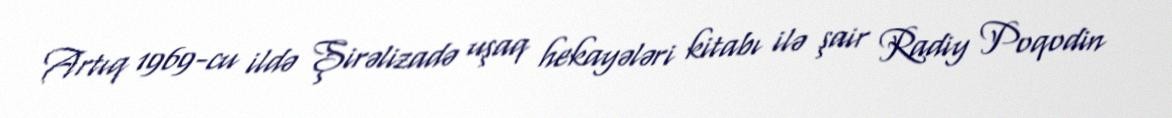
Artıq 1969-cu ildə Şirəlizadə uşaq hekayələri kitabı ilə şair Radiy Poqodin